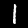
Label: 1